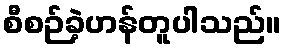
စီစဉ်ခဲ့ဟန်တူပါသည်။